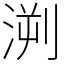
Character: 㴊